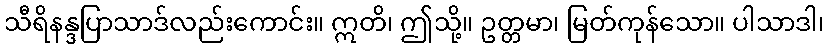
သီရိနန္ဒပြာသာဒ်လည်းကောင်း။ ဣတိ၊ ဤသို့။ ဥတ္တမာ၊ မြတ်ကုန်သော။ ပါသာဒါ၊